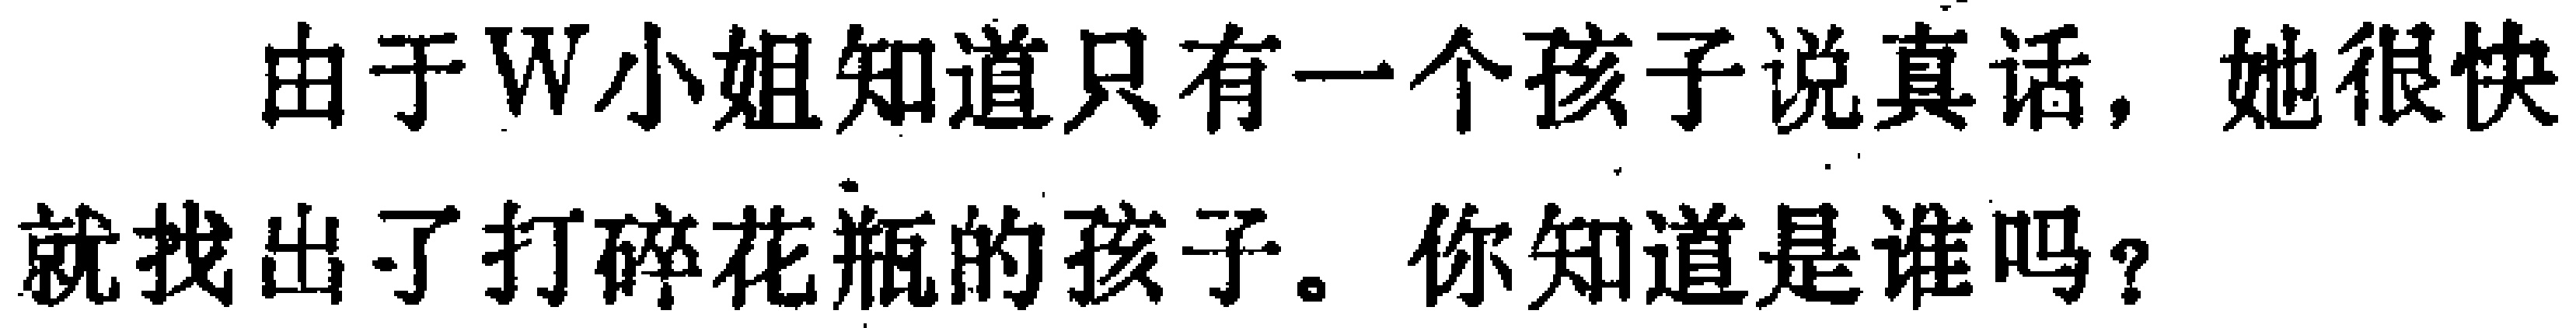
由于W小姐知道只有一个孩子说真话，她很快就找出了打碎花瓶的孩子。你知道是谁吗？